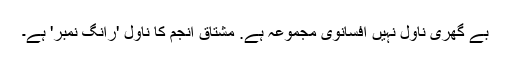
بے گھری ناول نہیں افسانوی مجموعہ ہے. مشتاق انجم کا ناول 'رانگ نمبر' ہے۔